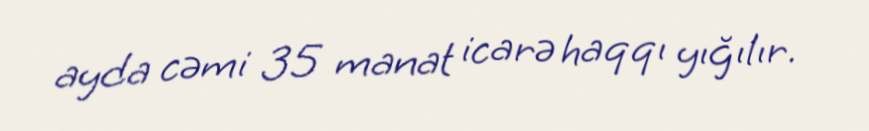
ayda cəmi 35 manat icarə haqqı yığılır.